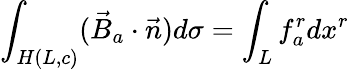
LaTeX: \int_{H(L,c)}(\vec{B}_{a}\cdot\vec{n})d\sigma=\int_{L}f_{a}^{r}dx^{r}